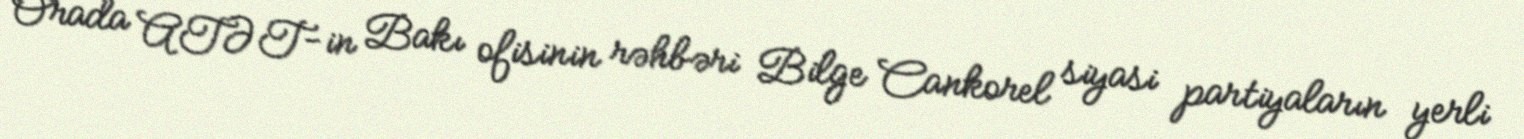
Orada ATƏT-in Bakı ofisinin rəhbəri Bilge Cankorel siyasi partiyaların yerli